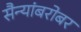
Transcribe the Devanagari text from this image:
सैन्यांबरोबर